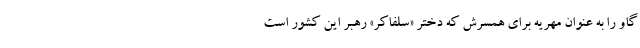
گاو را به عنوان مهریه برای همسرش که دختر «سلفاکر» رهبر این کشور است